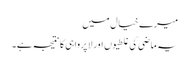
میرے خیال میں
یہ ماضی کی غلطیوں اور لا پرواہی کا نتیجہ ہے۔